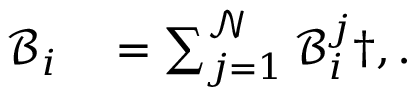
\begin{array} { r l } { \mathcal { B } _ { i } } & { { } = \sum _ { j = 1 } ^ { \mathcal { N } } \mathcal { B } _ { i } ^ { j } \dag , . } \end{array}